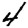
Digit: 4